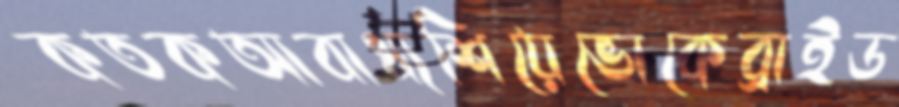
কতকআবাধ্যশিয়েভোকেব্রাইড